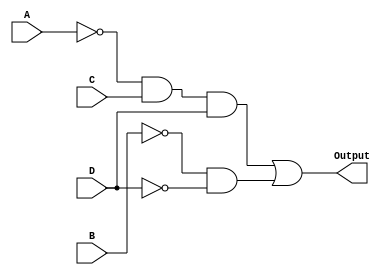
module kmap_comb_logic (
    input wire A, // Input variable A
    input wire B, // Input variable B
    input wire C, // Input variable C
    input wire D, // Input variable D
    output wire Output // Output of the combinational logic block
);

// Intermediate signals for the product terms
wire A_not; // A'
wire B_not; // B'
wire C_not; // C'
wire D_not; // D'

// Inverting the inputs
not (A_not, A);
not (B_not, B);
not (C_not, C);
not (D_not, D);

// Product term for Group 1: A'CD
wire term1; // A'CD
and (term1, A_not, C, D);

// Product term for Group 2: B'D'
wire term2; // B'D'
and (term2, B_not, D_not);

// Final output: Output = A'CD + B'D'
or (Output, term1, term2);

endmodule